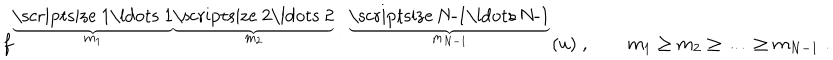
f ^ { \stackrel { \underbrace { \mathrm { \scriptsize ~ 1 \ldots ~ 1 } } } { m _ { 1 } } \stackrel { \underbrace { \mathrm { \scriptsize ~ 2 \ldots ~ 2 } } } { m _ { 2 } } \cdots \stackrel { \underbrace { \mathrm { \scriptsize ~ N - 1 \ldots ~ N - 1 } } } { m _ { N - 1 } } } ( u ) \; , \qquad { m _ { 1 } \geq m _ { 2 } \geq \ldots \geq m _ { N - 1 } } \; .